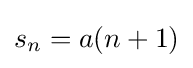
s_{n}=a(n+1)